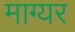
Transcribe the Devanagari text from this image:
माग्यर